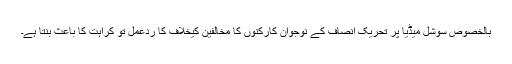
بالخصوص سوشل میڈیا پر تحریک انصاف کے نوجوان کارکنوں کا مخالفین کیخلاف کا ردِعمل تو کراہت کا باعث بنتا ہے۔